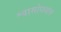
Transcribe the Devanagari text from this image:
श्वासोछवास